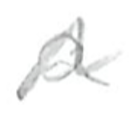
Text: a
Cross-out: wave
Writing tool: pencil